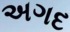
અગદ